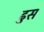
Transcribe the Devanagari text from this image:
ढुस